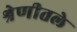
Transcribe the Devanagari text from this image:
श्रेणीतले